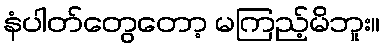
နံပါတ်တွေတော့ မကြည့်မိဘူး။